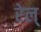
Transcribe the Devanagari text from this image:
रेल्